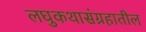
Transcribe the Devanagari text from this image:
लघुकथासंग्रहातील